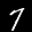
Label: 7